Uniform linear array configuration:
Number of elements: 32
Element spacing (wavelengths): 0.5
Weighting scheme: hamming
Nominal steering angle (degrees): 0
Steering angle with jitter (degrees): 1.69
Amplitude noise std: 0.05
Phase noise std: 0.05

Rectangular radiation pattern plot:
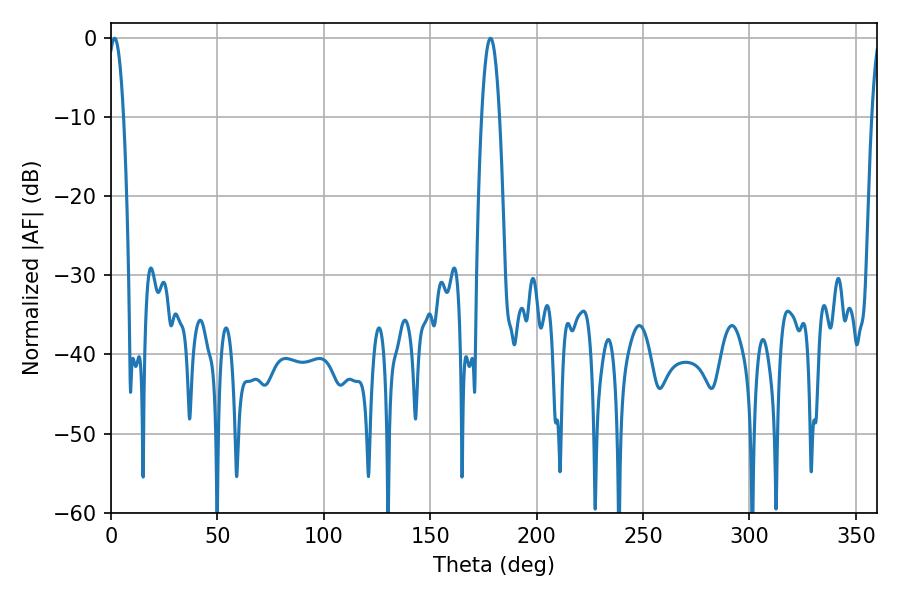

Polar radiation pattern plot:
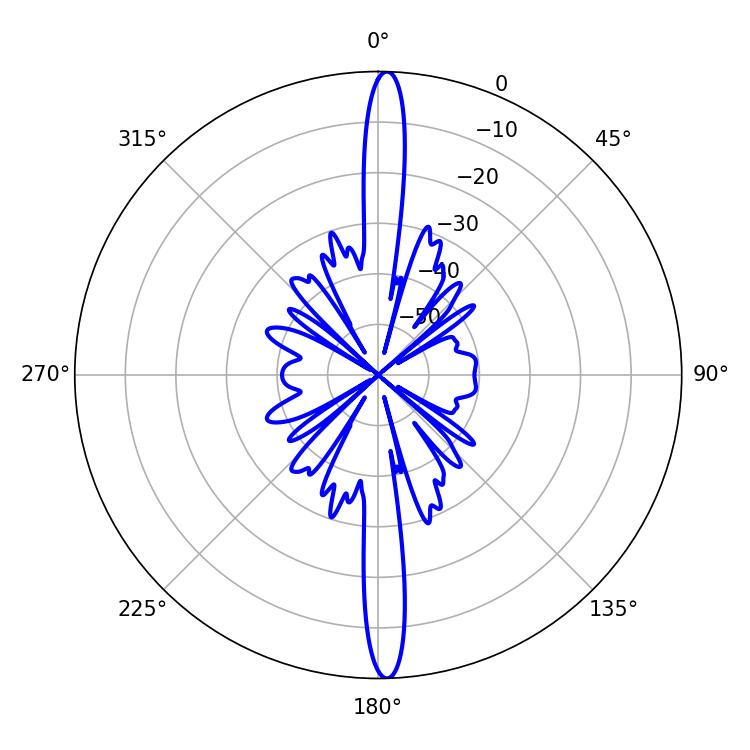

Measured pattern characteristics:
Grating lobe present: FALSE
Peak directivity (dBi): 25.941
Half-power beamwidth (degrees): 3.96
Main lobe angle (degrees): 1.62